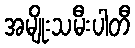
အမျိုးသမီးပါတီ